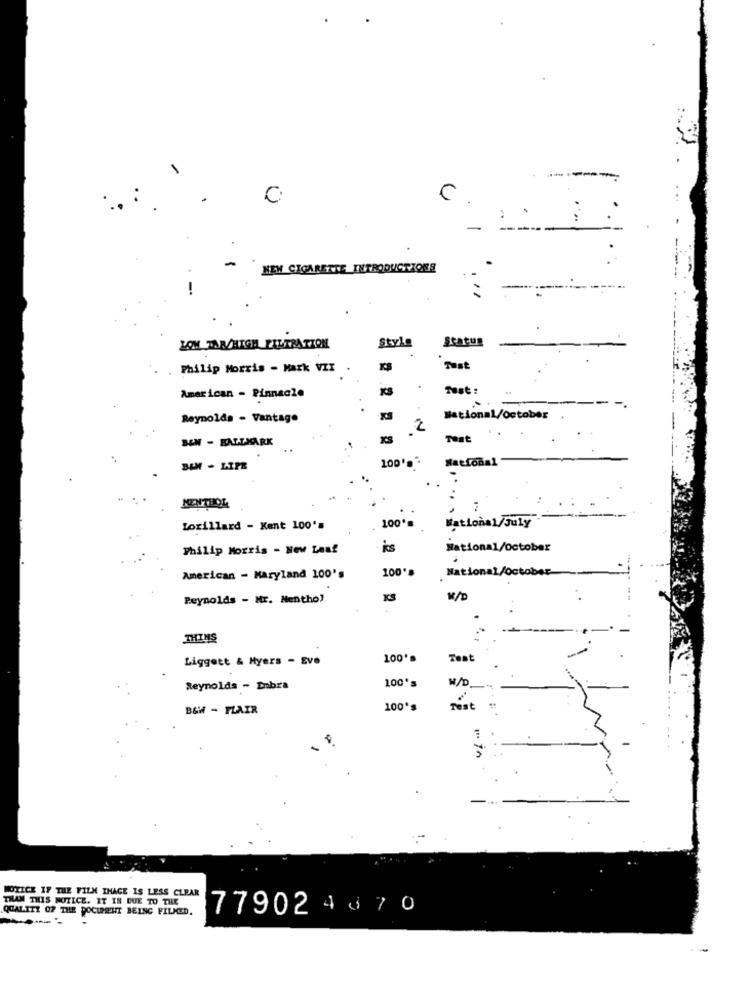
------
C
C
:
-
NEW CIGARETTE INTRODUCTIONS
-
...
Style
Status
LOM TAR/HIGH FILTRATION
Philip Morris - Mark VIT .
r'S
Tust
KS
Tust:
American - Pinnacle
Reynolds - Vantage
National/October
2
BEN - BALLMARK
Test
..
100'
National
BEN - LIPE
MENTHOL
100*
Lorillard - Kent 100's
National/July
Philip Morris - New Leaf
ks
National/october
100'
National/Oc
American - Maryland 100's
Reynolds - Nr. Menthol
KS
THINS
Liggett & Myers - Eve
100'
Test
100's
M/D
Reynolds - Enbra
B&W - FLAIR
100's
Test
NOTICE IF THE FILM IHAGE IS LESS CLEAR
TILAM THIS NOTICE. IT IS DUE TO THE
QUALITY OF THE DOCUMENT BEING FILMED.
779024370